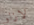
لازلو